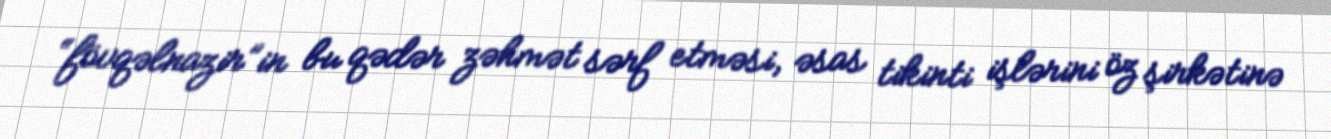
“fövqəlnazir”in bu qədər zəhmət sərf etməsi, əsas tikinti işlərini öz şirkətinə